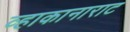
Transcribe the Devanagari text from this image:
व्हाकानाराट